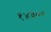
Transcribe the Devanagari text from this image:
१४३००